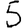
Digit: 5